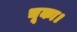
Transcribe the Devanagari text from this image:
चूका।